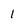
Character: 1